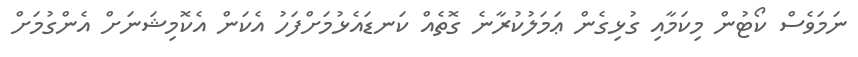
ނަމަވެސް ކޯޓުން މިކަމާއި ގުޅިގެން ޢަމަލުކުރާނެ ގޮތެއް ކަނޑައެޅުމަށްފަހު އެކަން އެކޮމިޝަނަށް އެންގުމަށް